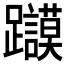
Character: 𲄔